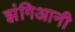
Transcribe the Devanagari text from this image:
झंगिआनी